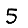
Digit: 5